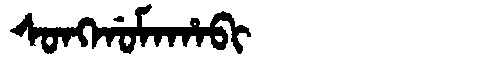
Manchu: ᠰᠣᠩᡤᠣᠮᠠᡥᠠᠪᡳ
Romanization: SONGGOMAHABI